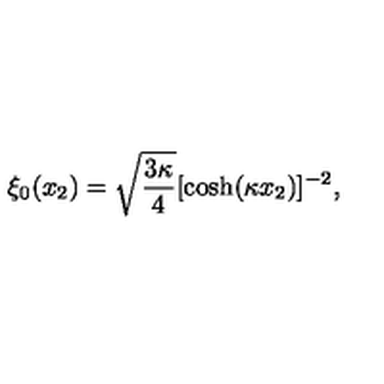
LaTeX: \xi _ { 0 } ( x _ { 2 } ) = \sqrt { \frac { 3 \kappa } { 4 } } [ \cosh ( \kappa x _ { 2 } ) ] ^ { - 2 } ,